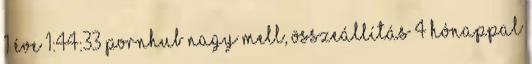
1 éve 1:44:33 PornHub nagy mell, összeállítás 4 hónappal